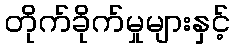
တိုက်ခိုက်မှုများနှင့်